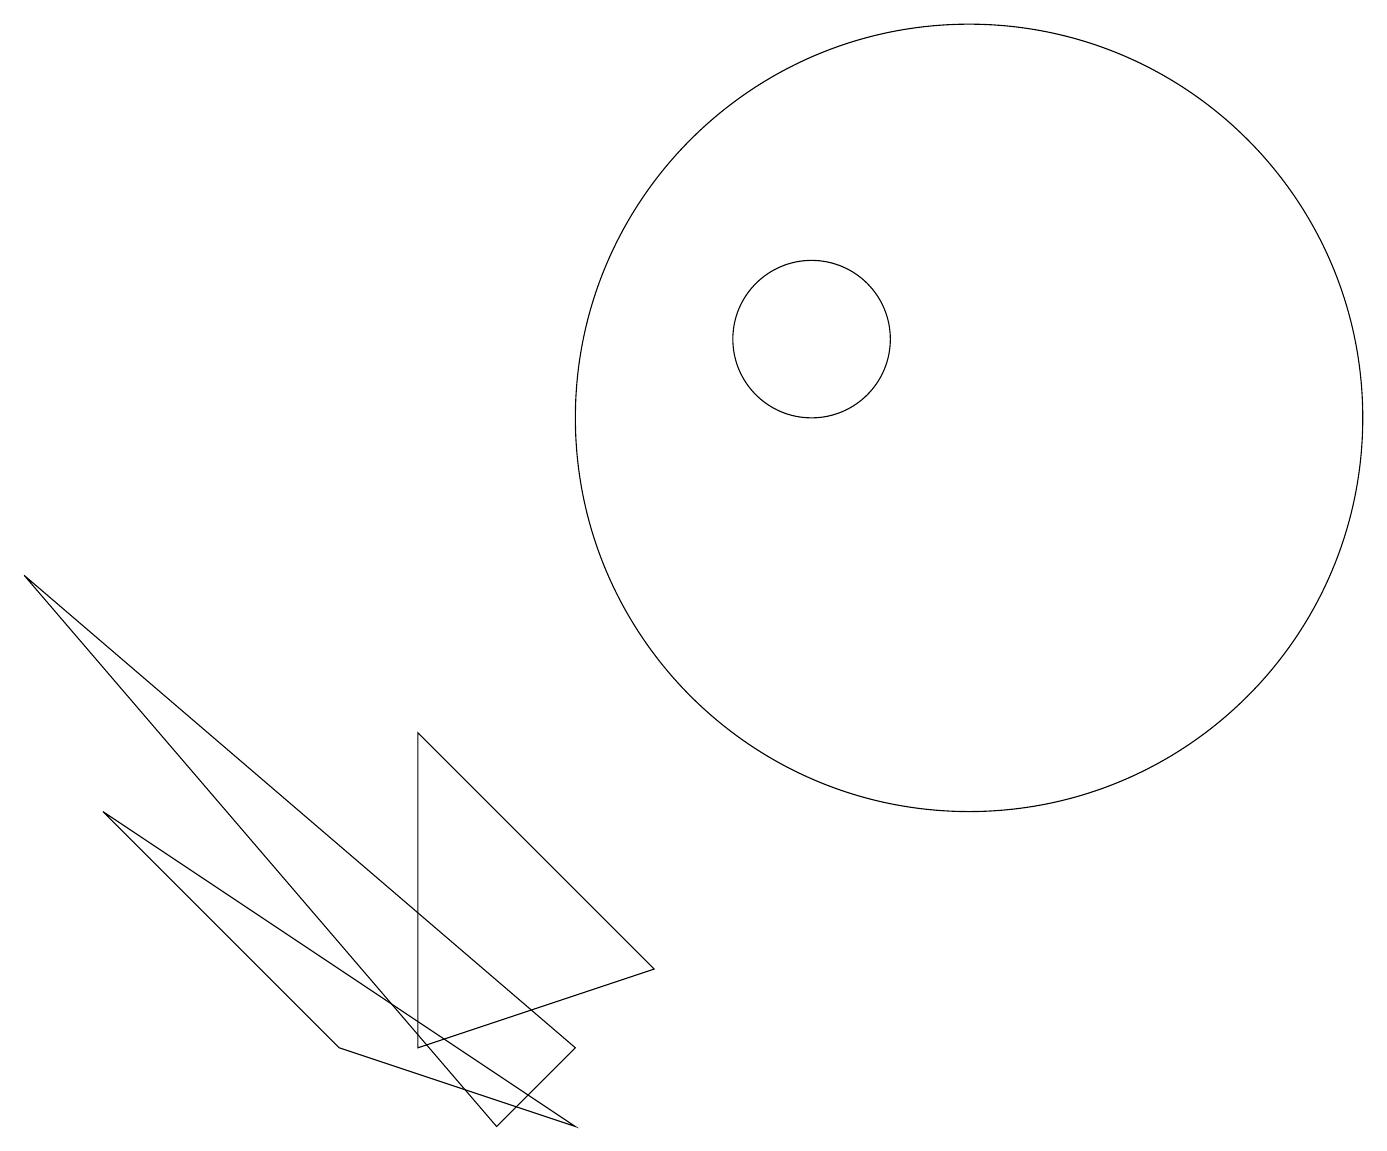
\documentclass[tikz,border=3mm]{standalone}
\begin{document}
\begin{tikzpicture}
\draw (12,11) circle (5);
\draw (10,12) circle (1);
\draw (6,2) -- (0,9) -- (7,3) -- cycle;
\draw (1,6) -- (4,3) -- (7,2) -- cycle;
\draw (5,3) -- (8,4) -- (5,7) -- cycle;
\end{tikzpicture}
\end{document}